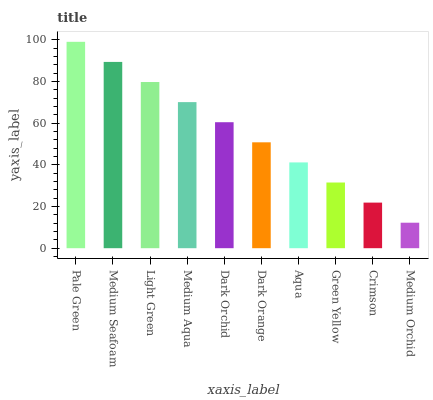
| xaxis_label | bars |
 | --- | --- |
 | Pale Green | 99 |
 | Medium Seafoam | 89.4 |
 | Light Green | 79.7 |
 | Medium Aqua | 70.1 |
 | Dark Orchid | 60.4 |
 | Dark Orange | 50.8 |
 | Aqua | 41.2 |
 | Green Yellow | 31.5 |
 | Crimson | 21.9 |
 | Medium Orchid | 12.2 |